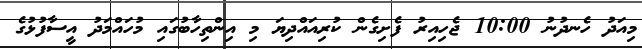
މިއަދު ހެނދުނު 10:00 ޖެހިއިރު ފެށިގެން ކުރިއައްދިޔަ މި އިންތިހާބުގައި މުހައްމަދު އީސާފުޅުގެ